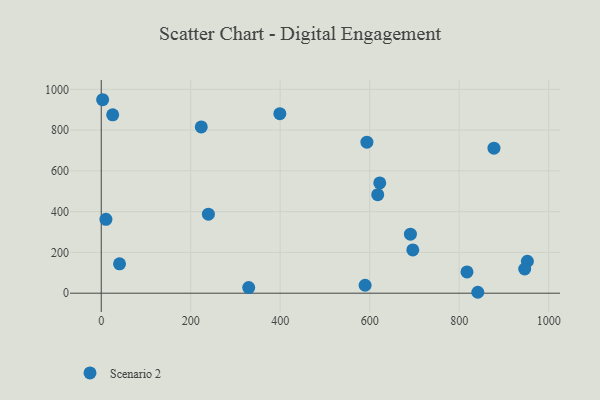
{"axis": {"x": "Speed", "y": "Salary"}, "legend": ["Scenario 2"], "data": [{"x": "618.0", "y": 483.5, "type": "Scenario 2"}, {"x": "399.2", "y": 880.6, "type": "Scenario 2"}, {"x": "952.5", "y": 156.8, "type": "Scenario 2"}, {"x": "10.5", "y": 362.6, "type": "Scenario 2"}, {"x": "877.8", "y": 711.4, "type": "Scenario 2"}, {"x": "696.4", "y": 212.4, "type": "Scenario 2"}, {"x": "622.5", "y": 541.1, "type": "Scenario 2"}, {"x": "329.6", "y": 27.7, "type": "Scenario 2"}, {"x": "40.9", "y": 144.2, "type": "Scenario 2"}, {"x": "841.7", "y": 4.5, "type": "Scenario 2"}, {"x": "589.8", "y": 38.9, "type": "Scenario 2"}, {"x": "593.8", "y": 741.0, "type": "Scenario 2"}, {"x": "691.1", "y": 289.3, "type": "Scenario 2"}, {"x": "239.5", "y": 387.4, "type": "Scenario 2"}, {"x": "223.6", "y": 815.8, "type": "Scenario 2"}, {"x": "25.6", "y": 874.9, "type": "Scenario 2"}, {"x": "3.1", "y": 949.1, "type": "Scenario 2"}, {"x": "946.5", "y": 118.8, "type": "Scenario 2"}, {"x": "817.5", "y": 104.5, "type": "Scenario 2"}]}